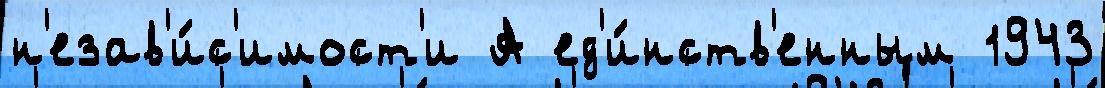
н'езав'и́с'имост'и А ед'и́нств'енным 1943